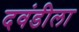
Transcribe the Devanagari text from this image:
दवंडीला